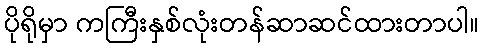
ပိုရိုမှာ ကကြီးနှစ်လုံးတန်ဆာဆင်ထားတာပါ။